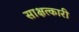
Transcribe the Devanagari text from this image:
साक्षत्कारी